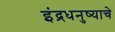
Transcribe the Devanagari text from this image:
इंद्रधनुष्याचे